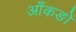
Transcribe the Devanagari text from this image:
आँकङों